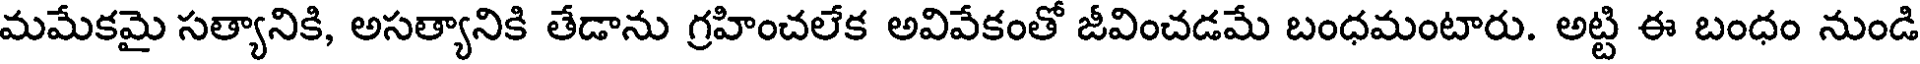
మమేకమై సత్యానికి, అసత్యానికి తేడాను గ్రహించలేక అవివేకంతో జీవించడమే బంధమంటారు. అట్టి ఈ బంధం నుండి